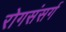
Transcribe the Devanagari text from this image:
रोगसंसर्ग